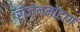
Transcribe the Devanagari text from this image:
रोजेनमोंटाग